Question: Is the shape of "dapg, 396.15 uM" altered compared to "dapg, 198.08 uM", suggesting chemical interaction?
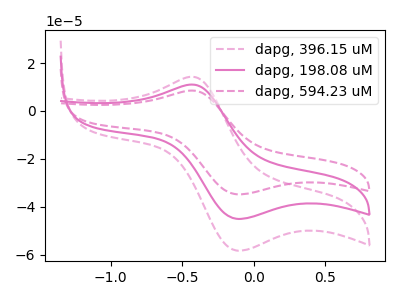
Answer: <think>The pink dashed curve "dapg, 396.15 uM" has an anodic peak at (-0.45V, 14.30uA) and a cathodic peak at (-0.10V, -58.30uA). The pink curve "dapg, 198.08 uM" has an anodic peak at (-0.45V, 11.05uA) and a cathodic peak at (-0.10V, -45.05uA). The pink dashed curve "dapg, 594.23 uM" has an anodic peak at (-0.45V, 22.10uA) and a cathodic peak at (-0.10V, -90.10uA).
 All the peaks in "dapg, 396.15 uM" have a peak in "dapg, 198.08 uM" at the same potential. Every peak in "dapg, 396.15 uM" is higher than every peak in "dapg, 198.08 uM".</think>
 <answer>No, "dapg, 396.15 uM" and "dapg, 198.08 uM" don't appear to be significantly different in shape</answer>
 <eval>no_change</eval>